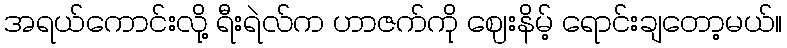
အရယ်ကောင်းလို့ ရီးရဲလ်က ဟာဇက်ကို ဈေးနိမ့် ရောင်းချတော့မယ်။